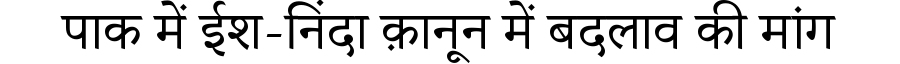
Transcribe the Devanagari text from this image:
पाक में ईश-निंदा क़ानून में बदलाव की मांग